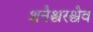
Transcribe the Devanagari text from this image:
शनैश्चरश्चैव